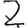
Digit: 2